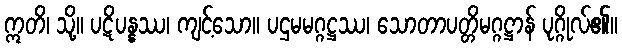
ဣတိ၊ သို့။ ပဋိပန္နဿ၊ ကျင့်သော။ ပဌမမဂ္ဂဋ္ဌဿ၊ သောတာပတ္တိမဂ္ဂဋ္ဌာန် ပုဂ္ဂိုလ်၏။